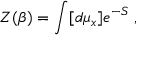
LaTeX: { \cal Z } ( \beta ) = \int [ d \mu _ { x } ] e ^ { - S } \; ,